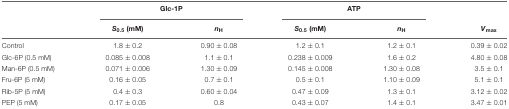
|  | <COLSPAN=2> Glc-1P | <COLSPAN=2> ATP |  |
 |  | S0.5 (mM) | nH | S0.5 (mM) | nH | Vmax |
 | --- | --- | --- | --- | --- | --- |
 | Control | 1.8 ± 0.2 | 0.90 ± 0.08 | 1.2 ± 0.1 | 1.2 ± 0.1 | 0.39 ± 0.02 |
 | Glc-6P (0.5 mM) | 0.085 ± 0.008 | 1.1 ± 0.1 | 0.238 ± 0.009 | 1.6 ± 0.2 | 4.80 ± 0.08 |
 | Man-6P (0.5 mM) | 0.071 ± 0.006 | 1.30 ± 0.09 | 0.145 ± 0.008 | 1.30 ± 0.08 | 3.5 ± 0.1 |
 | Fru-6P (5 mM) | 0.16 ± 0.05 | 0.7 ± 0.1 | 0.5 ± 0.1 | 1.10 ± 0.09 | 5.1 ± 0.1 |
 | Rib-5P (5 mM) | 0.4 ± 0.3 | 0.60 ± 0.04 | 0.47 ± 0.09 | 1.3 ± 0.1 | 3.12 ± 0.02 |
 | PEP (5 mM) | 0.17 ± 0.05 | 0.8 | 0.43 ± 0.07 | 1.4 ± 0.1 | 3.47 ± 0.01 |